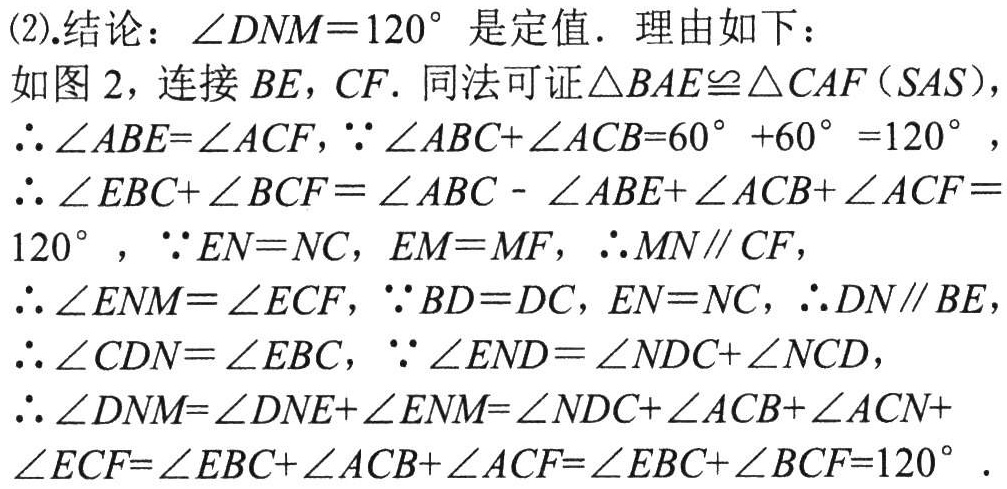
(2).结论：$\angle DNM = 120^{\circ}$ 是定值. 理由如下：
如图 2，连接 $BE,CF$. 同法可证$\triangle BAE\cong\triangle CAF(SAS)$，
$\therefore\angle ABE = \angle ACF$，$\because\angle ABC+\angle ACB = 60^{\circ}+60^{\circ}=120^{\circ}$，
$\therefore\angle EBC+\angle BCF=\angle ABC - \angle ABE+\angle ACB+\angle ACF = 120^{\circ}$，$\because EN = NC$，$EM = MF$，$\therefore MN\parallel CF$，
$\therefore\angle ENM=\angle ECF$，$\because BD = DC$，$EN = NC$，$\therefore DN\parallel BE$，
$\therefore\angle CDN=\angle EBC$，$\because\angle END=\angle NDC+\angle NCD$，
$\therefore\angle DNM=\angle DNE+\angle ENM=\angle NDC+\angle ACB+\angle ACN+\angle ECF=\angle EBC+\angle ACB+\angle ACF=\angle EBC+\angle BCF = 120^{\circ}$.